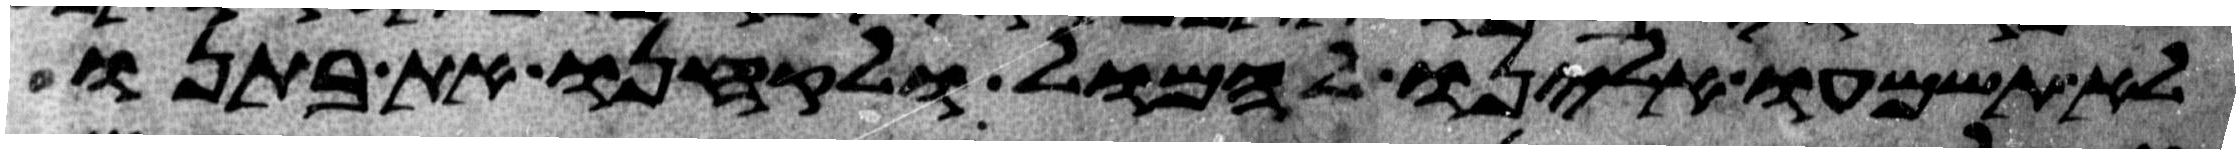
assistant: לא תשמעו אלינו להמול ולקחנו את בתנו